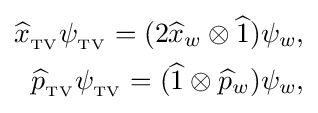
{\begin{aligned}{\widehat {x}}_{{}_{\text{TV}}}\psi _{{}_{\text{TV}}}=(2{\widehat {x}}_{w}\otimes {\widehat {1}})\psi _{w},\\{\widehat {p}}_{{}_{\text{TV}}}\psi _{{}_{\text{TV}}}=({\widehat {1}}\otimes {\widehat {p}}_{w})\psi _{w},\end{aligned}}